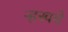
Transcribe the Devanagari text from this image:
ऱ्हस्वचे